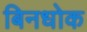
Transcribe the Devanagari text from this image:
बिनधोक